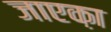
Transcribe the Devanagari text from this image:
जाएक़ा